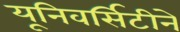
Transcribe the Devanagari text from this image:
यूनिवर्सिटीने